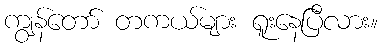
ကျွန်တော် တကယ်များ ရူးနေပြီလား။